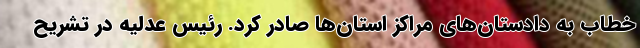
خطاب به دادستان‌های مراکز استان‌ها صادر کرد. رئیس عدلیه در تشریح